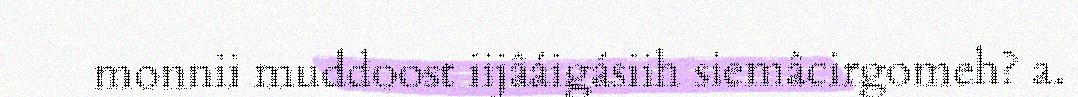
monnii muddoost iijâáigásiih siemâcirgomeh? a.